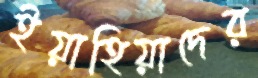
ইয়াহিয়াদের